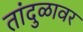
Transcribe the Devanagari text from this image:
तांदुळावर